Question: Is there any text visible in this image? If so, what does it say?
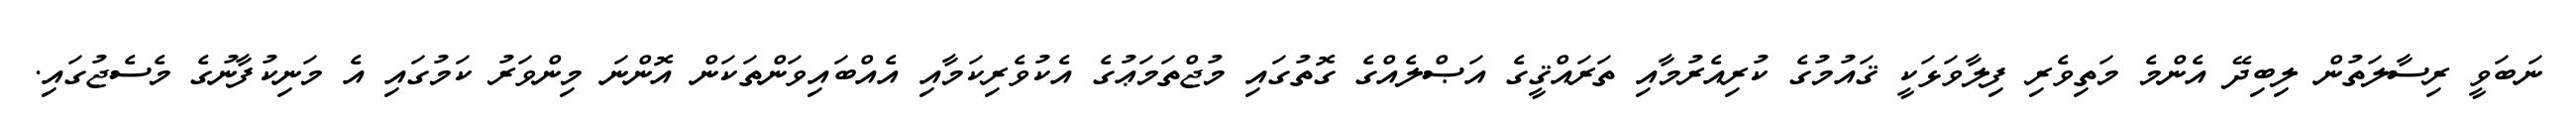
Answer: ނަބަވީ ރިސާލަތުން ލިބިދޭ އެންމެ މަތިވެރި ފިލާވަޅަކީ ޤައުމުގެ ކުރިއެރުމާއި ތަރައްޤީގެ އަޞްލެއްގެ ގޮތުގައި މުޖްތަމަޢުގެ އެކުވެރިކަމާއި އެއްބައިވަންތަކަން އޮންނަ މިންވަރު ކަމުގައި އެ މަނިކުފާނުގެ މެސެޖުގައި.